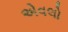
એવલો